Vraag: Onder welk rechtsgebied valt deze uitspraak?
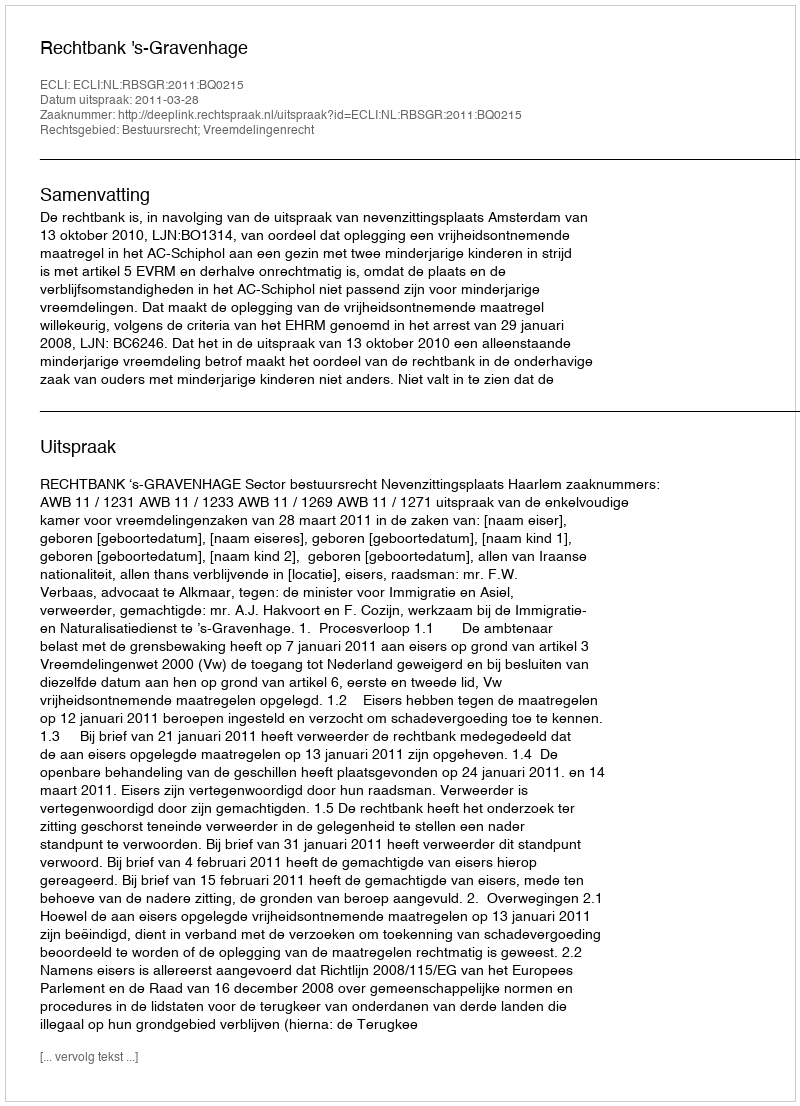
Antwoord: Bestuursrecht; Vreemdelingenrecht